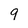
Character: 9